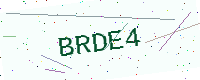
Text: BRDE4